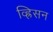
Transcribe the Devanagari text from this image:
व्ह्रिसन